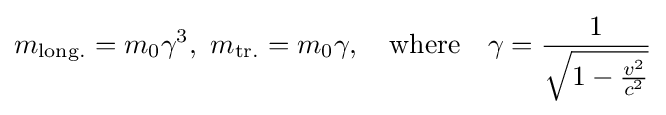
m_{\rm {long.}}={m_{0}\gamma ^{3}},\ m_{\rm {tr.}}=m_{0}\gamma ,\quad {\rm {where}}\quad \gamma ={\frac {1}{\sqrt {1-{\frac {v^{2}}{c^{2}}}}}}